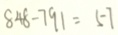
8 4 8 - 7 9 1 = 5 7